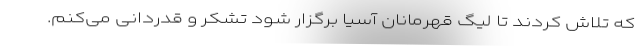
که تلاش کردند تا لیگ قهرمانان آسیا برگزار شود تشکر و قدردانی می‌کنم.